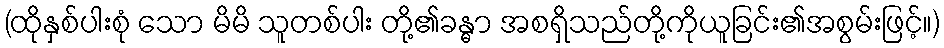
(ထိုနှစ်ပါးစုံ သော မိမိ သူတစ်ပါး တို့၏ခန္ဓာ အစရှိသည်တို့ကိုယူခြင်း၏အစွမ်းဖြင့်။)